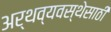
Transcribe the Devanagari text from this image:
अर्थव्यवस्थेसाठी